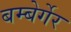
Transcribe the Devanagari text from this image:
बम्बेर्गेर